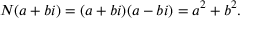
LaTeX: N ( a + b i ) = ( a + b i ) ( a - b i ) = a ^ { 2 } + b ^ { 2 } .